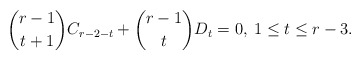
\begin{align*} \binom{r-1}{t+1}C_{r-2-t}+\binom{r-1}{t}D_t=0,\: 1\leq t\leq r-3. \end{align*}